Mental hospitals Bombay report 1929-33 - 1929-1933
Year: 1929
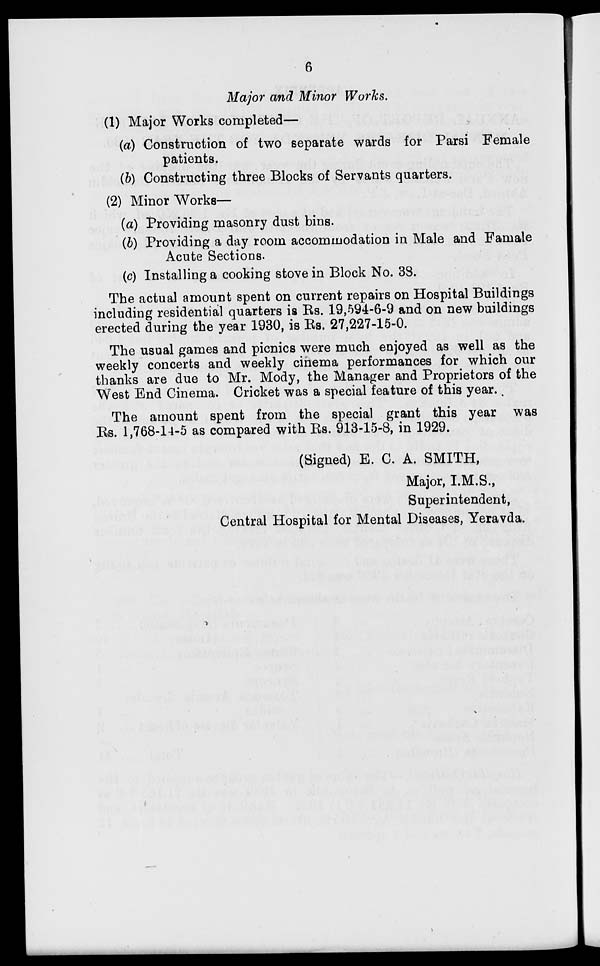
6
Major and Minor Works.
(1) Major Works completed—
(a) Construction of two separate wards for Parsi Female
patients.
(b) Constructing three Blocks of Servants quarters.
(2) Minor Works—
(a) Providing masonry dust bins.
(b) Providing a day room accommodation in Male and Famale
Acute Sections.
(c) Installing a cooking stove in Block No. 38.
The actual amount spent on current repairs on Hospital Buildings
including residential quarters is Rs. 19,594-6-9 and on new buildings
erected during the year 1930, is Rs. 27,227-15-0.
The usual games and picnics were much enjoyed as well as the
weekly concerts and weekly cinema performances for which our
thanks are due to Mr. Mody, the Manager and Proprietors of the
West End Cinema. Cricket was a special feature of this year.
The amount spent from the special grant this year was
Rs. 1,768-14-5 as compared with Rs. 913-15-8, in 1929.
(Signed) E. C. A. SMITH,
Major, I.M.S.,
Superintendent,
Central Hospital for Mental Diseases, Yeravda.